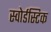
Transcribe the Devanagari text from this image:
स्वोर्डस्टिक